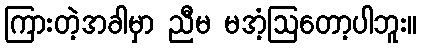
ကြားတဲ့အခါမှာ ညီမ မအံ့ဩတော့ပါဘူး။